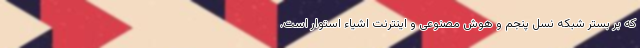
که بر بستر شبکه نسل پنجم و هوش مصنوعی و اینترنت اشیاء استوار است.